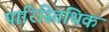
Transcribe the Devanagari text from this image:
पारिस्तिथिक